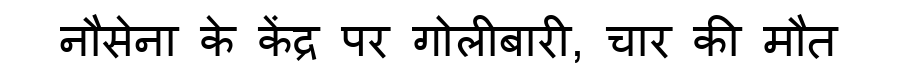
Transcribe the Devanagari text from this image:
नौसेना के केंद्र पर गोलीबारी, चार की मौत